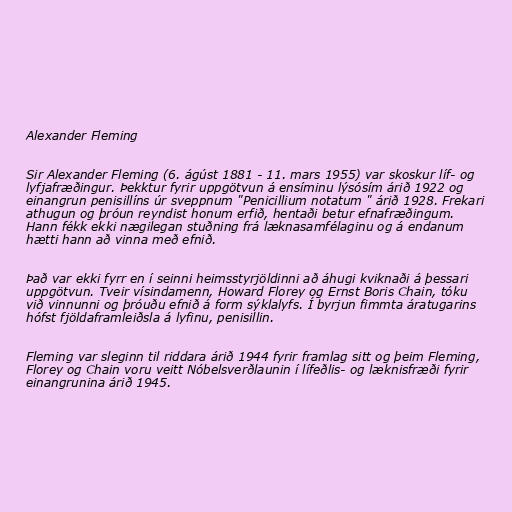
Alexander Fleming

Sir Alexander Fleming (6. ágúst 1881 - 11. mars 1955) var skoskur líf- og
lyfjafræðingur. Þekktur fyrir uppgötvun á ensíminu lýsósím árið 1922 og
einangrun penisillíns úr sveppnum "Penicillium notatum " árið 1928. Frekari
athugun og þróun reyndist honum erfið, hentaði betur efnafræðingum.
Hann fékk ekki nægilegan stuðning frá læknasamfélaginu og á endanum
hætti hann að vinna með efnið.

Það var ekki fyrr en í seinni heimsstyrjöldinni að áhugi kviknaði á þessari
uppgötvun. Tveir vísindamenn, Howard Florey og Ernst Boris Chain, tóku
við vinnunni og þróuðu efnið á form sýklalyfs. Í byrjun fimmta áratugarins
hófst fjöldaframleiðsla á lyfinu, penisillin.

Fleming var sleginn til riddara árið 1944 fyrir framlag sitt og þeim Fleming,
Florey og Chain voru veitt Nóbelsverðlaunin í lífeðlis- og læknisfræði fyrir
einangrunina árið 1945.